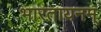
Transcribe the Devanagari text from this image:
भारतायनम्